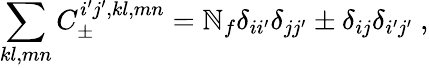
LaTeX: \sum_{kl,mn}C_{\pm}^{i^{\prime}j^{\prime},kl,mn}=\mathbb{N}_{f}\delta_{ii^{\prime}}\delta_{jj^{\prime}}\pm\delta_{ij}\delta_{i^{\prime}j^{\prime}}\ ,